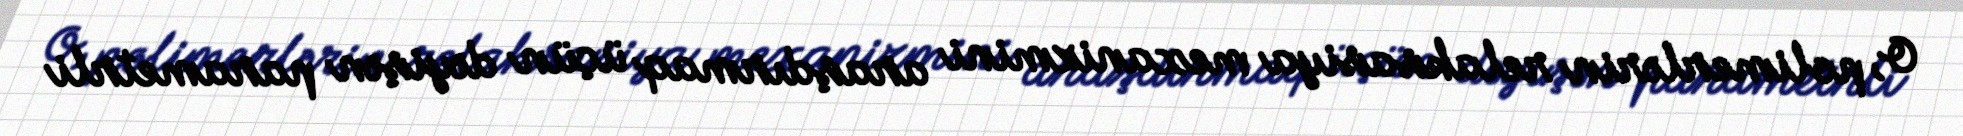
O, polimerlərin relaksasiya mexanizmini araşdırmaq üçün dəyişən parametrli